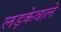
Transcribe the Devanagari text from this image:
लड़केवाले